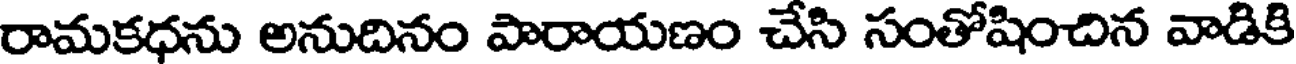
రామకధను అనుదినం పారాయణం చేసి సంతోషించిన వాడికి